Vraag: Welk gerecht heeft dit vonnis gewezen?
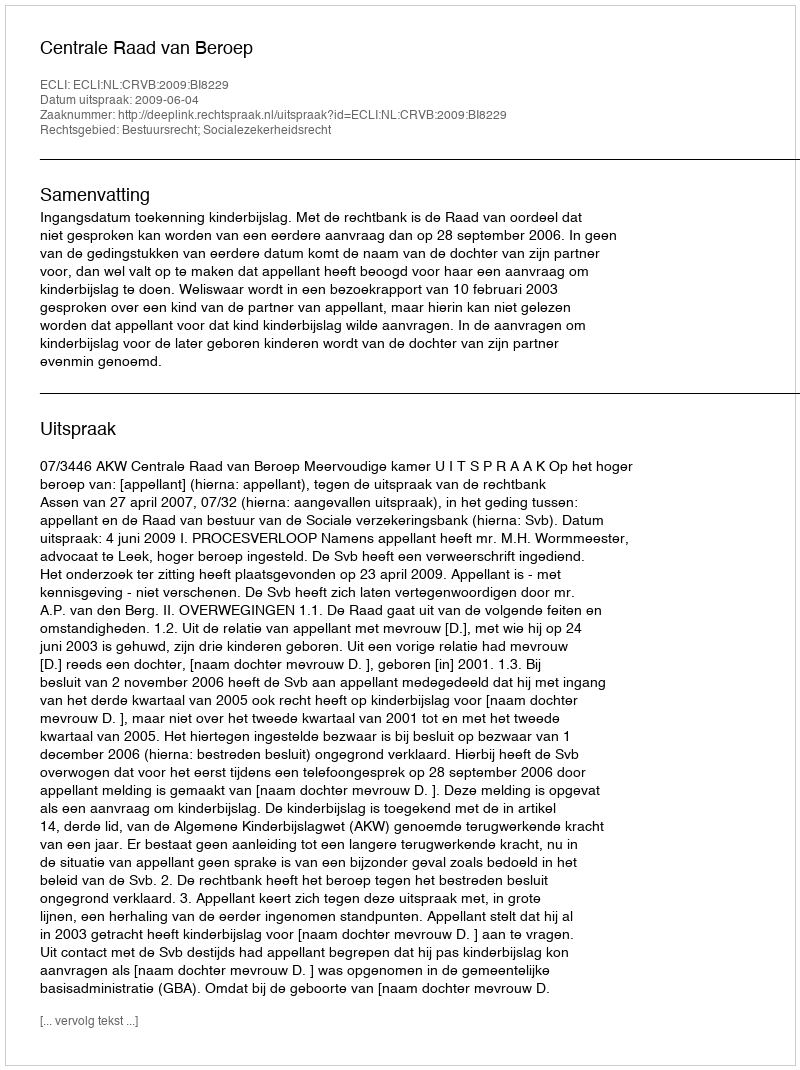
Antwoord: Centrale Raad van Beroep